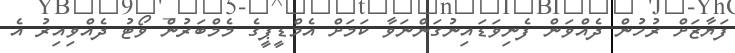
ފަޔާޒަށް ރުހުން ދެއްވަން ފެނިވަޑައިނުގަންނަވާ ކަމަށް އެމްޑީޕީގެ މެމްބަރުން ވޯޓު ދެއްވިއިރު އެ